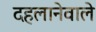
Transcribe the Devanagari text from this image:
दहलानेवाले